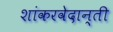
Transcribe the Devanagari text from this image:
शांकरवेदान्ती